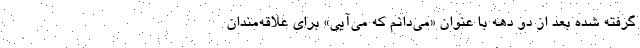
گرفته شده بعد از دو دهه با عنوان «می‌دانم که می‌آیی» برای علاقه‌مندان